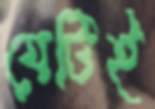
যেটিই